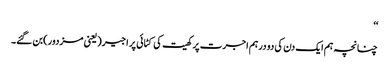
‘‘
چنانچہ ہم ایک دن کی دو درہم اجرت پر کھیت کی کٹائی پر اجیر(یعنی مزدور)بن گئے۔